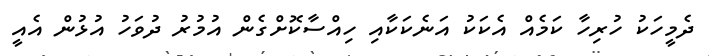
ދެމީހަކު ހުރިހާ ކަމެއް އެކަކު އަނެކަކާއި ހިއްސާކޮށްގެން އުމުރު ދުވަހު އުޅުން އެއީ